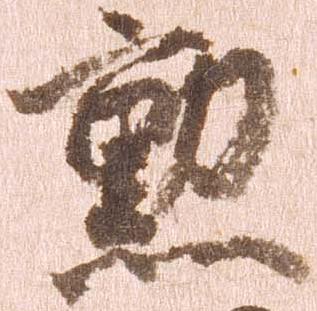
勲